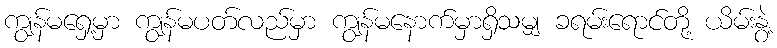
ကျွန်မရှေ့မှာ ကျွန်မပတ်လည်မှာ ကျွန်မနောက်မှာရှိသမျှ ခရမ်းရောင်တို့ ယိမ်းနွဲ့